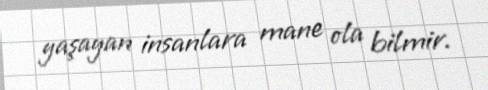
yaşayan insanlara mane ola bilmir.